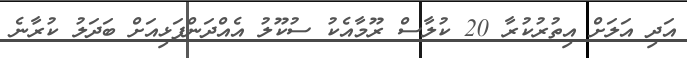
އަދި އަލަށް އިތުރުކުރާ 20 ކުލާސް ރޫމާއެކު ސުކޫލު އެއްދަންފަޅިއަށް ބަދަލު ކުރާނެ